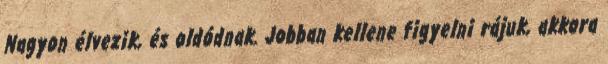
Nagyon élvezik, és oldódnak. Jobban kellene figyelni rájuk, akkora